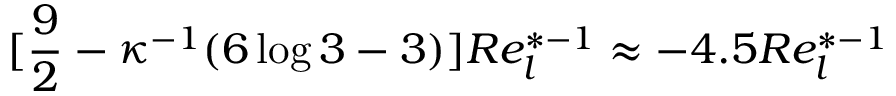
[ \frac { 9 } { 2 } - \kappa ^ { - 1 } ( 6 \log 3 - 3 ) ] R e _ { l } ^ { * - 1 } \approx - 4 . 5 R e _ { l } ^ { * - 1 }